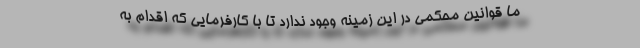
ما قوانین محکمی در این زمینه وجود ندارد تا با کارفرمایی که اقدام به